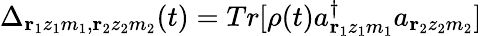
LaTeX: \Delta_{{\mathbf r}_{1}z_{1}m_{1},{\mathbf r}_{2}z_{2}m_{2}}(t)=Tr[\rho(t)a_{{\mathbf r}_{1}z_{1}m_{1}}^{\dagger}a_{{\mathbf r}_{2}z_{2}m_{2}}]